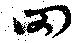
网